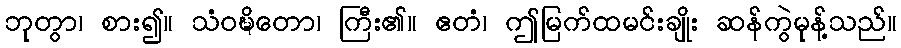
ဘုတွာ၊ စား၍။ သံဝဍ္ဎိတော၊ ကြီး၏။ ဧတံ၊ ဤမြက်ထမင်းချိုး ဆန်ကွဲမုန့်သည်။